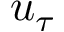
u _ { \tau }